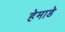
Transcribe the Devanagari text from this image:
हेमाडे